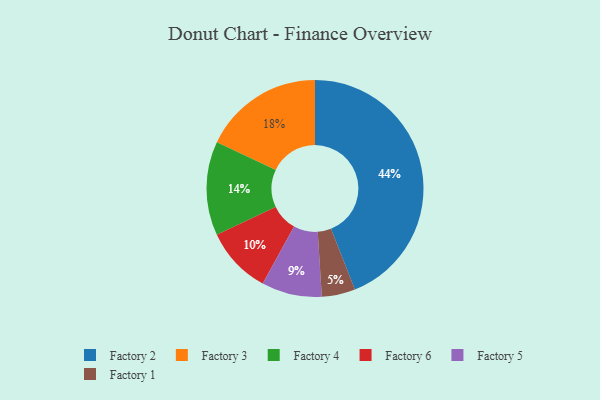
{"axis": {"x": "Category", "y": "Percentage"}, "legend": ["Factory 1", "Factory 2", "Factory 3", "Factory 4", "Factory 5", "Factory 6"], "data": [{"x": "Factory 3", "y": 18, "type": "Factory 3"}, {"x": "Factory 6", "y": 10, "type": "Factory 6"}, {"x": "Factory 2", "y": 44, "type": "Factory 2"}, {"x": "Factory 1", "y": 5, "type": "Factory 1"}, {"x": "Factory 4", "y": 14, "type": "Factory 4"}, {"x": "Factory 5", "y": 9, "type": "Factory 5"}]}